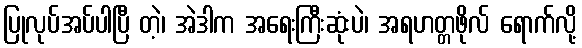
ပြုလုပ်အပ်ပါပြီ တဲ့၊ အဲဒါက အရေးကြီးဆုံးပဲ၊ အရဟတ္တဖိုလ် ရောက်လို့